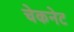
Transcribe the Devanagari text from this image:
चेकनेट